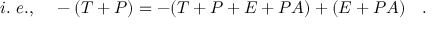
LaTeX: i . ~ e . , ~ ~ ~ - ( T + P ) = - ( T + P + E + P A ) + ( E + P A ) ~ ~ ~ .